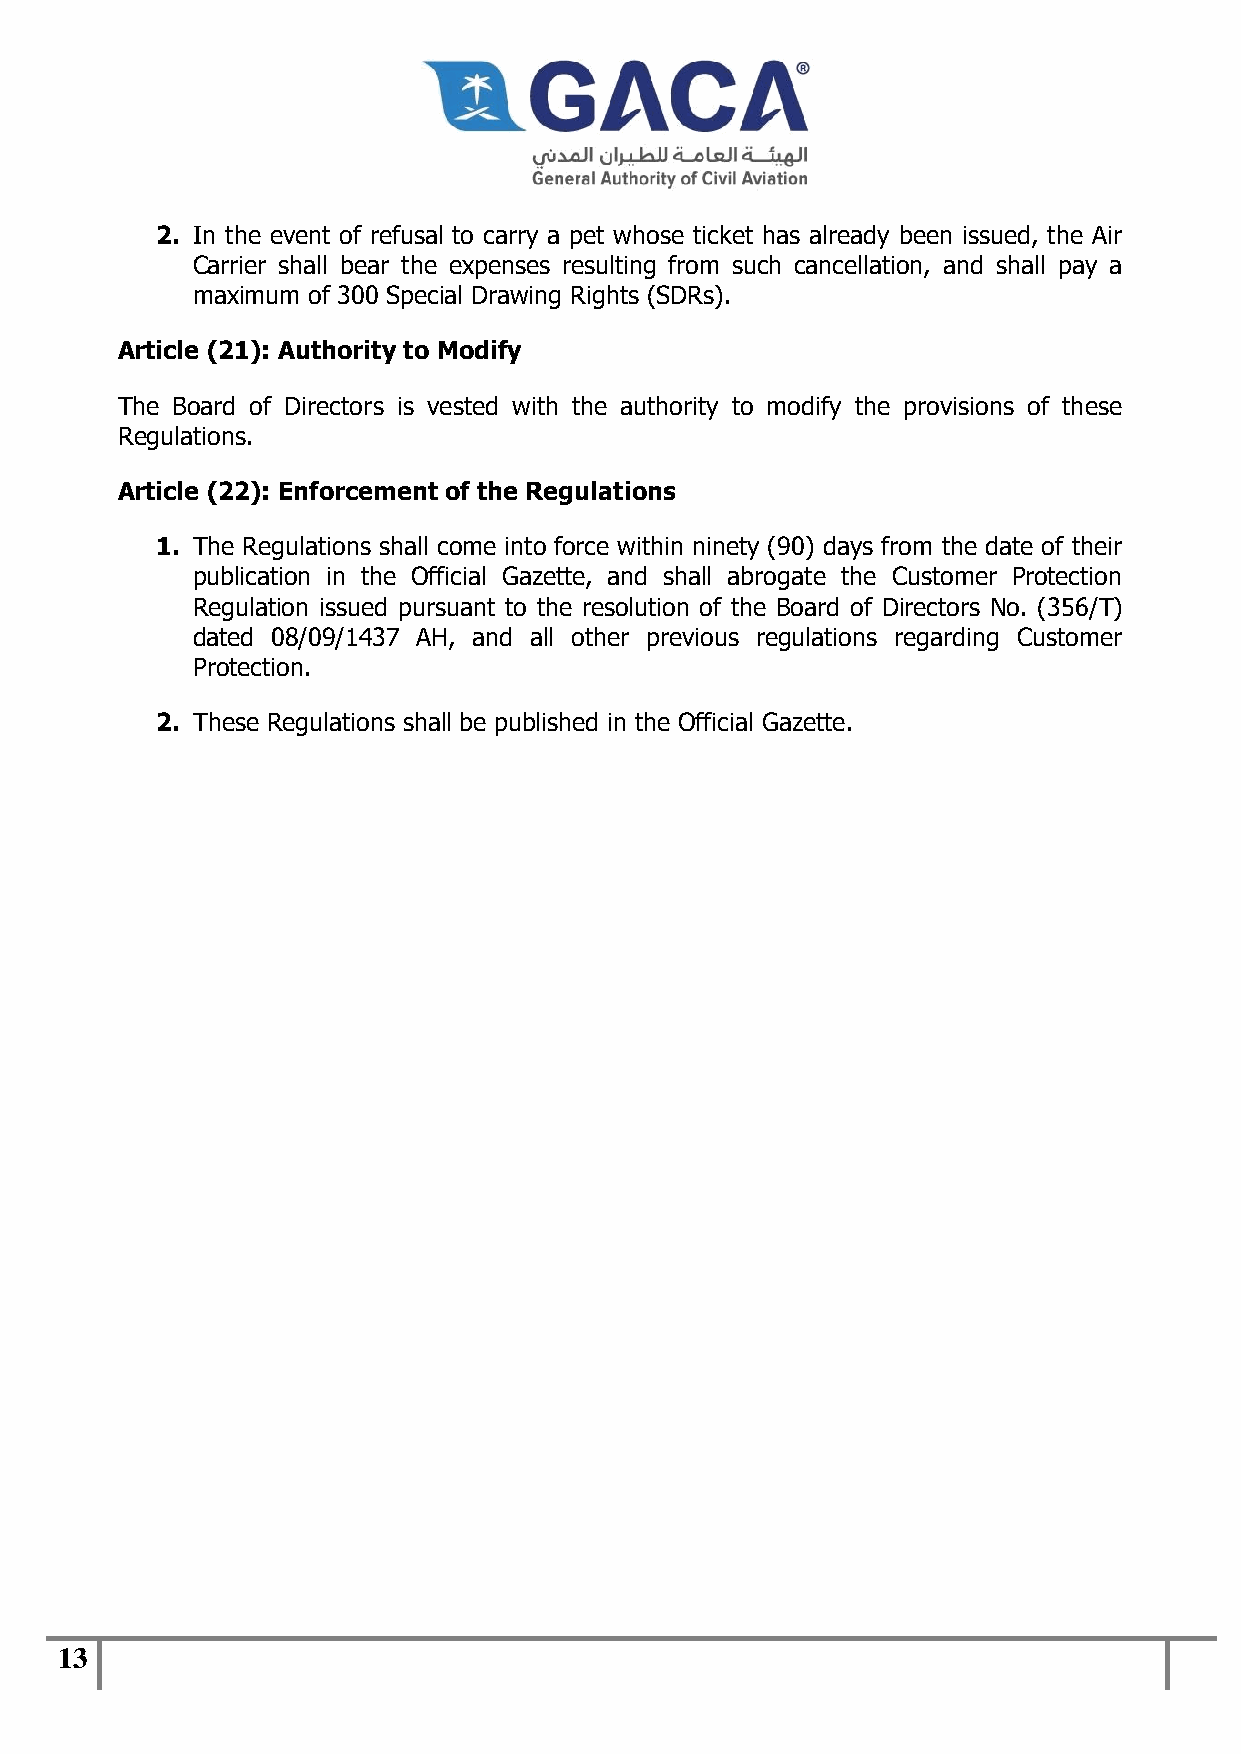
2. In the event of refusal to carry a pet whose ticket has already been issued, the Air
 Carrier shall bear the expenses resulting from such cancellation, and shall pay a
 maximum of 300 Special Drawing Rights (SDRs).
 Article (21): Authority to Modify
 The Board of Directors is vested with the authority to modify the provisions of these
 Regulations.
 Article (22): Enforcement of the Regulations
 1. The Regulations shall come into force within ninety (90) days from the date of their
 publication in the Official Gazette, and shall abrogate the Customer Protection
 Regulation issued pursuant to the resolution of the Board of Directors No. (356/T)
 dated 08/09/1437 AH, and all other previous regulations regarding Customer
 Protection.
 2. These Regulations shall be published in the Official Gazette.
 13